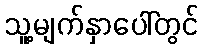
သူ့မျက်နှာပေါ်တွင်